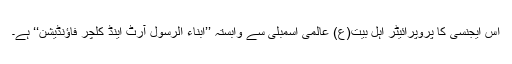
اس ایجنسی کا پروپرائیٹر اہل بیت(ع) عالمی اسمبلی سے وابستہ ’’ابناء الرسول آرٹ اینڈ کلچر فاؤنڈیشن‘‘ ہے۔